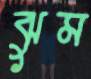
ঝুম